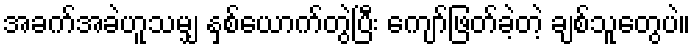
အခက်အခဲဟူသမျှ နှစ်ယောက်တွဲပြီး ကျော်ဖြတ်ခဲ့တဲ့ ချစ်သူတွေပဲ။